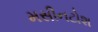
મસીનટોશ